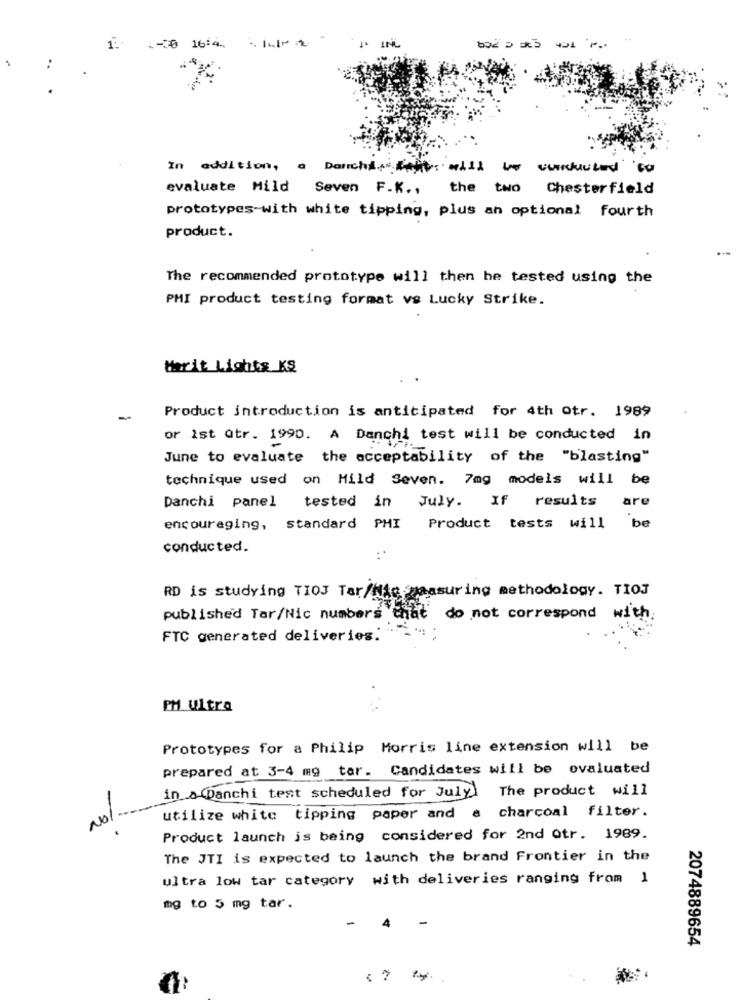
.- 20 16:4
In addition, a Darchios Anit will be conducted to
evaluate Mild Seven F.K .,
the two Chesterfield
prototypes-with white tipping, plus an optional fourth
product.
The recommended prototype will then he tested using the
PMI product testing format vs Lucky Strike.
Merit Lights KS
Product introduction is anticipated for 4th Otr. 1989
-
or ist Qtr. 1990. A Danchi test will be conducted in
June to evaluate the acceptability of the "blasting"
technique used on Mild Seven. 7mg models will be
Danchi panel tested in July. If results
are
be
encouraging, standard PHI
Product tests will
conducted.
RD is studying TIOJ Tar/Nic measuring methodology. TIOJ
published Tar/Nic numbers that do not correspond with
FTC generated deliveries:
PH ultra
Prototypes for a Philip Morris line extension will be
prepared at 3-4 mg tar. Candidates will be evaluated
in a panchi test scheduled for July The product will
utilize white tipping paper and a charcoal filter.
Not.
Product launch is being considered for 2nd Qtr. 1989.
The JTI is expected to launch the brand Frontier in the
ultra low tar category with deliveries ranging from 1
mg to 5 mg tar.
2074889654